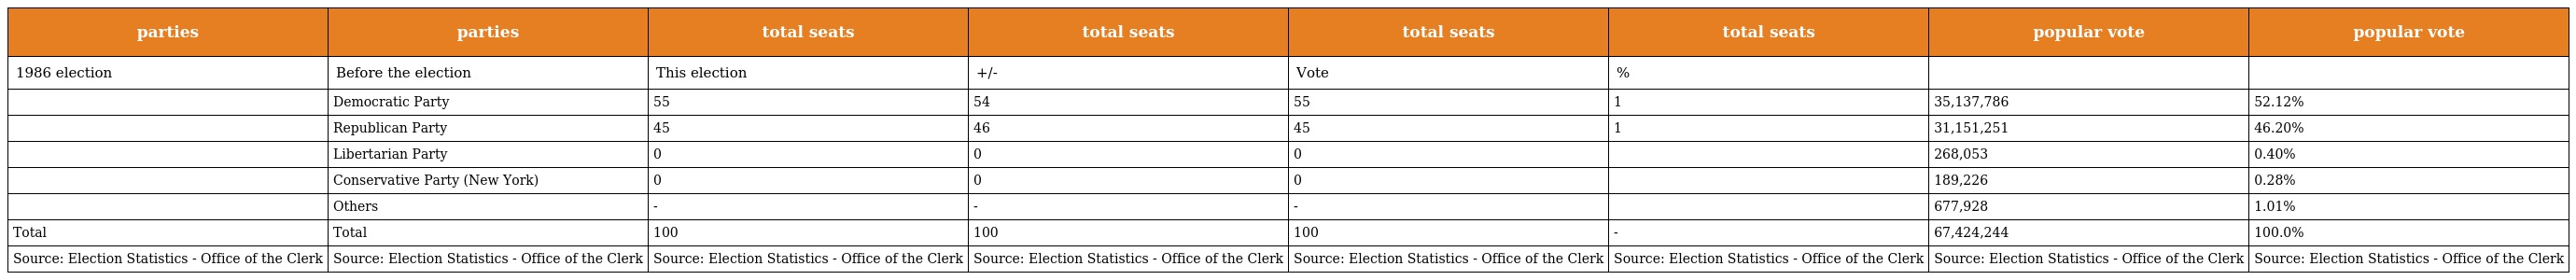
| parties | parties | total seats | total seats | total seats | total seats | popular vote | popular vote |
 | --- | --- | --- | --- | --- | --- | --- | --- |
 | 1986 election | Before the election | This election | +/- | Vote | % |  |  |
 |  | Democratic Party | 55 | 54 | 55 | 1 | 35,137,786 | 52.12% |
 |  | Republican Party | 45 | 46 | 45 | 1 | 31,151,251 | 46.20% |
 |  | Libertarian Party | 0 | 0 | 0 |  | 268,053 | 0.40% |
 |  | Conservative Party (New York) | 0 | 0 | 0 |  | 189,226 | 0.28% |
 |  | Others | - | - | - |  | 677,928 | 1.01% |
 | Total | Total | 100 | 100 | 100 | - | 67,424,244 | 100.0% |
 | Source: Election Statistics - Office of the Clerk | Source: Election Statistics - Office of the Clerk | Source: Election Statistics - Office of the Clerk | Source: Election Statistics - Office of the Clerk | Source: Election Statistics - Office of the Clerk | Source: Election Statistics - Office of the Clerk | Source: Election Statistics - Office of the Clerk | Source: Election Statistics - Office of the Clerk |